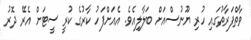
ވާތްފަރާތުގައި ހުރި ޔޫނުސްއަށް ބަލާލިއެވެ. އެއަށްފަހު ކާރުގެ ކުރީ ސީޓަށް އެރޭ ދޮރު